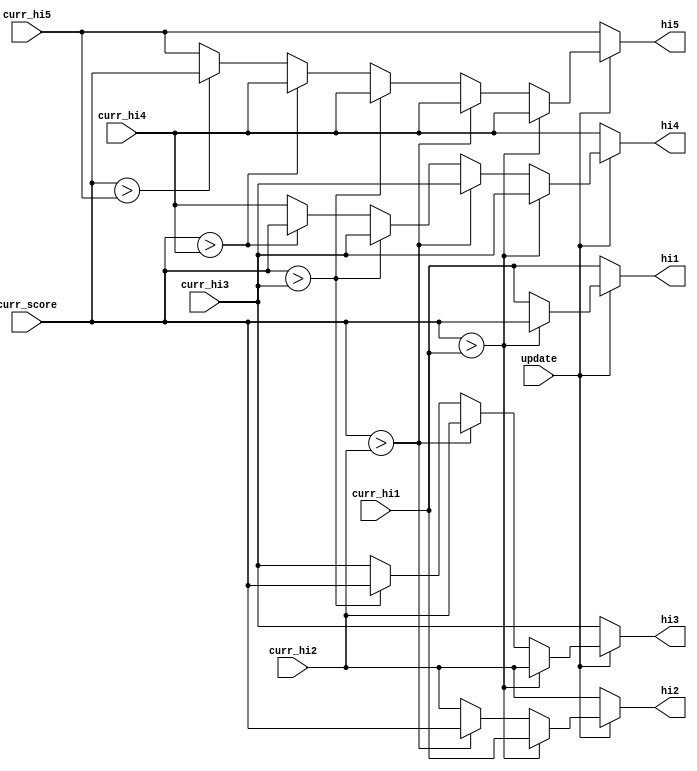
module highscore_tracker(
	input [7:0] curr_score,
	input [7:0] curr_hi1, curr_hi2, curr_hi3, curr_hi4, curr_hi5,
	input update,
	output reg [7:0] hi1, hi2, hi3, hi4, hi5
	);

	// initialize all highscores at 0
//	initial begin
//		hi1 = 8'd141;
//		hi2 = 8'd33;
//		hi3 = 8'd20;
//		hi4 = 8'd15;
//		hi5 = 8'd11;
//	end

	always @(*)
	begin
		hi5 = curr_hi5;
		hi4 = curr_hi4;
		hi3 = curr_hi3;
		hi2 = curr_hi2;
		hi1 = curr_hi1;
		if (update) begin 
			// you got top score
			if (curr_score > hi1) begin
				hi5 = hi4;
				hi4 = hi3;
				hi3 = hi2;
				hi2 = hi1;
				hi1 = curr_score;
			end
			// got 2nd best score
			else if (curr_score > hi2) begin
				hi5 = hi4;
				hi4 = hi3;
				hi3 = hi2;
				hi2 = curr_score;
				hi1 = curr_hi1;
			end
			// got the bronze
			else if (curr_score > hi3) begin
				hi5 = hi4;
				hi4 = hi3;
				hi3 = curr_score;
				hi2 = curr_hi2;
				hi1 = curr_hi1;
			end
			// at least you made 4th!
			else if (curr_score > hi4) begin
				hi5 = hi4;
				hi4 = curr_score;
				hi3 = curr_hi3;
				hi2 = curr_hi2;
				hi1 = curr_hi1;
			end
			// bottom of the highscores buddy. at least you made it somewhere
			else if (curr_score > hi5) begin
				hi5 = curr_score;
				hi4 = curr_hi4;
				hi3 = curr_hi3;
				hi2 = curr_hi2;
				hi1 = curr_hi1;
			end
		end
	end
	
endmodule